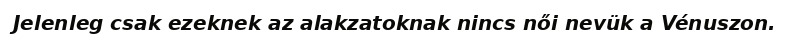
Jelenleg csak ezeknek az alakzatoknak nincs női nevük a Vénuszon.